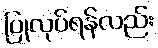
ပြုလုပ်ရန်လည်း